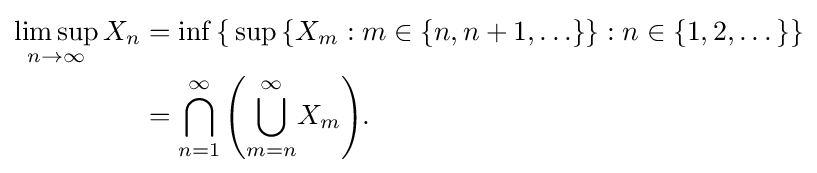
{\begin{aligned}\limsup _{n\to \infty }X_{n}&=\inf \,\{\,\sup \,\{X_{m}:m\in \{n,n+1,\ldots \}\}:n\in \{1,2,\dots \}\}\\&=\bigcap _{n=1}^{\infty }\left({\bigcup _{m=n}^{\infty }}X_{m}\right)\!.\end{aligned}}